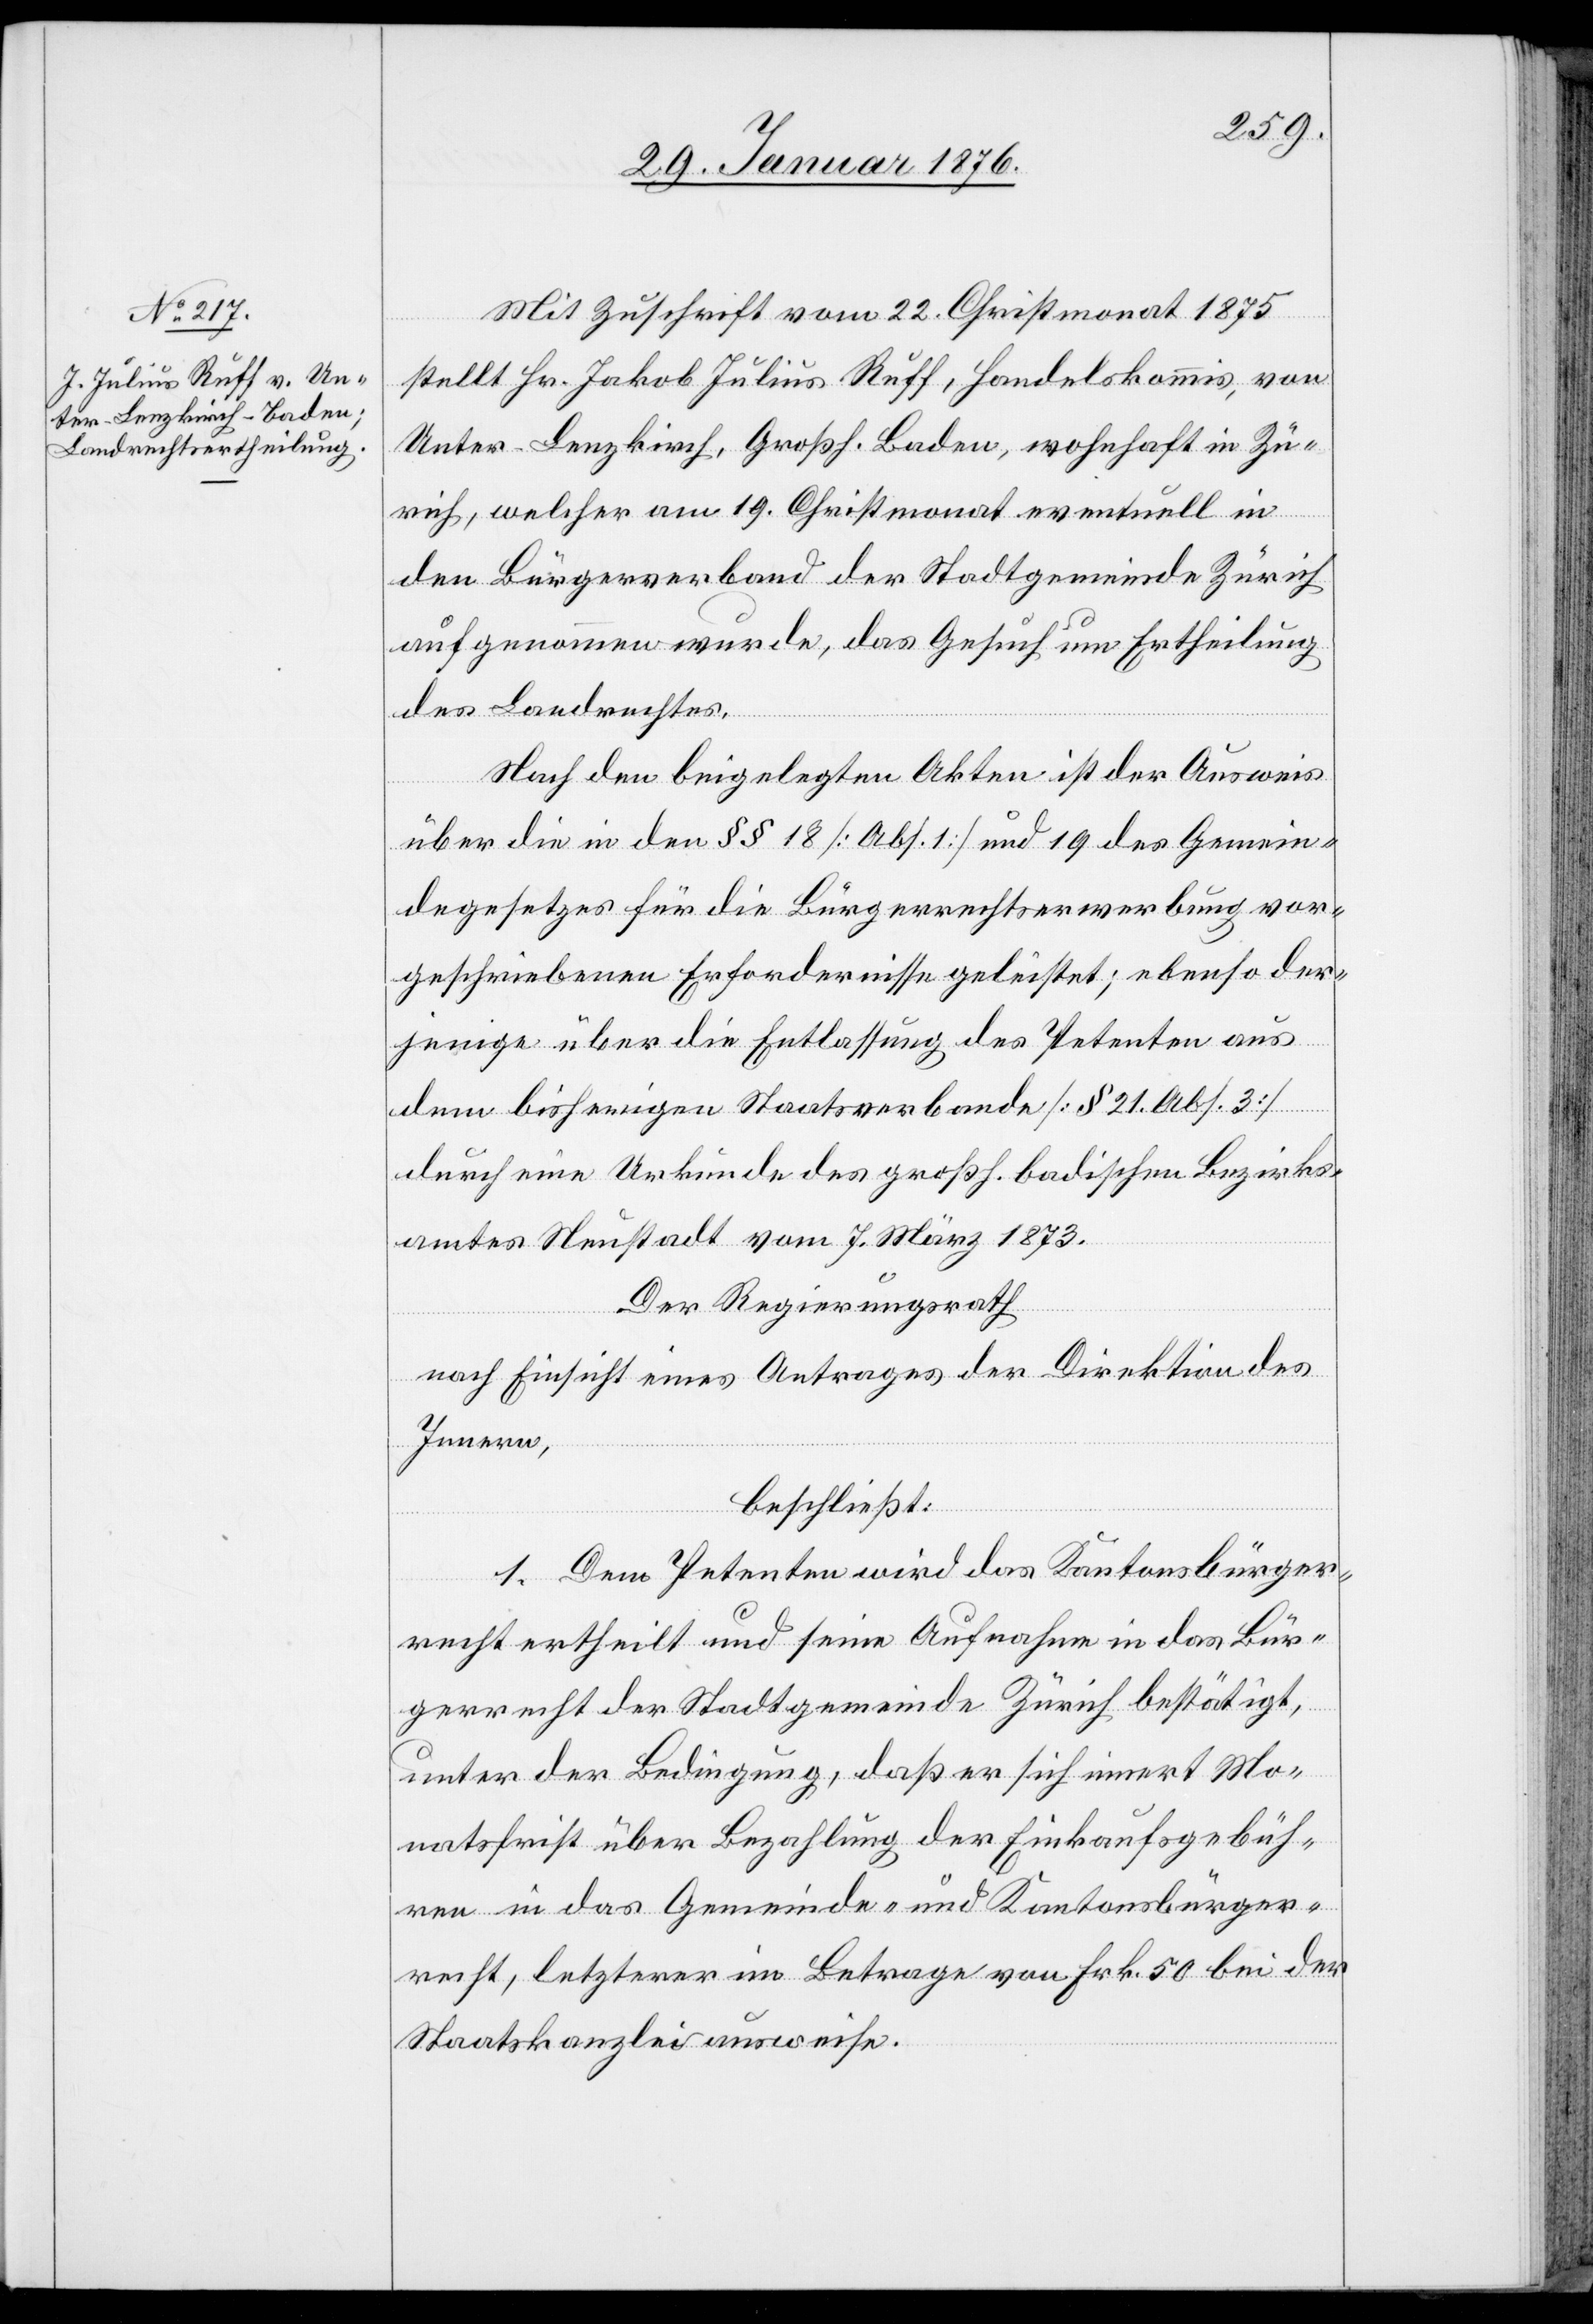
Mit Zuschrift vom 22. Christmonat 1875
stellt Hr. Jakob Julius Ruff, Handelskommis, von
Unter-Lenzkirch, Großh. Baden, wohnhaft in Zü¬
rich, welcher am 19. Christmonat eventuell in
den Bürgerverband der Stadtgemeinde Zürich
aufgenommen wurde, das Gesuch um Ertheilung
des Landrechtes.
Nach den beigelegten Akten ist der Ausweis
über die in den §§ 18 [Ab. 1] und 19 des Gemein¬
degesetzes für die Bürgerrechtserwerbung vor¬
geschriebenen Erfordernisse geleistet; ebenso der¬
jenige über die Entlassung des Petenten aus
dem bisherigen Staatsverbande [§ 21. Abs. 3]
durch eine Urkunde des großh. badischen Bezirks¬
amtes Neustadt vom 7. März 1873.
Der Regierungsrath
nach Einsicht eines Antrages der Direktion des
Innern,
beschließt:
1. Dem Petenten wird das Kantonsbürger¬
recht ertheilt und seine Aufnahme in das Bür¬
gerrecht der Stadtgemeinde Zürich bestätigt,
unter der Bedingung, daß er sich innert Mo¬
natsfrist über Bezahlung der Einkaufsgebüh¬
ren in das Gemeinde- und Kantonsbürger¬
recht, letzterer im Betrage von Frk. 50 bei der
Staatskanzlei ausweise.